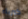
كبرياء